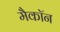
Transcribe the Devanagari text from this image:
मैकॉन